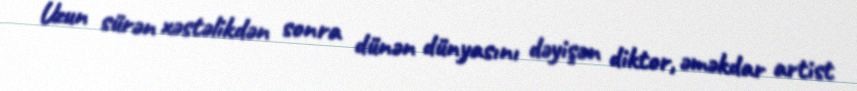
Uzun sürən xəstəlikdən sonra dünən dünyasını dəyişən diktor, əməkdar artist